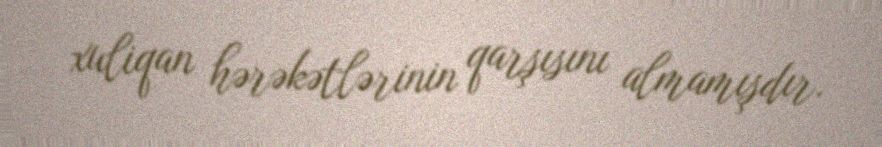
xuliqan hərəkətlərinin qarşısını almamışdır.